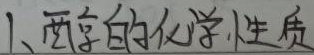
1、醇的化学性质